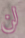
لن